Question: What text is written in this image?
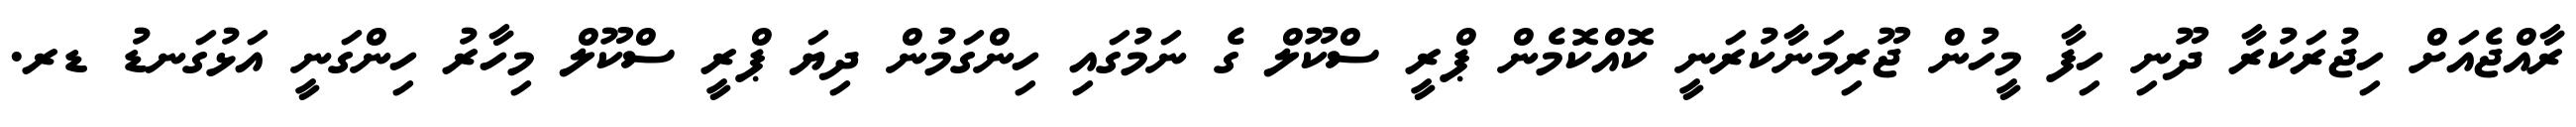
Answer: ރާއްޖެއަށް ހިޖުރަކުރާ ދޫނި ހިފާ މީހުން ޖޫރިމަނާކުރަނީ ކޮއްކޮމެން ޕްރީ ސްކޫލް ގެ ނަމުގައި ހިންގަމުން ދިޔަ ޕްރީ ސްކޫލް މިހާރު ހިންގަނީ އަޅުގަނޑު ޑރ.